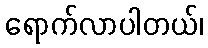
ရောက်လာပါတယ်၊